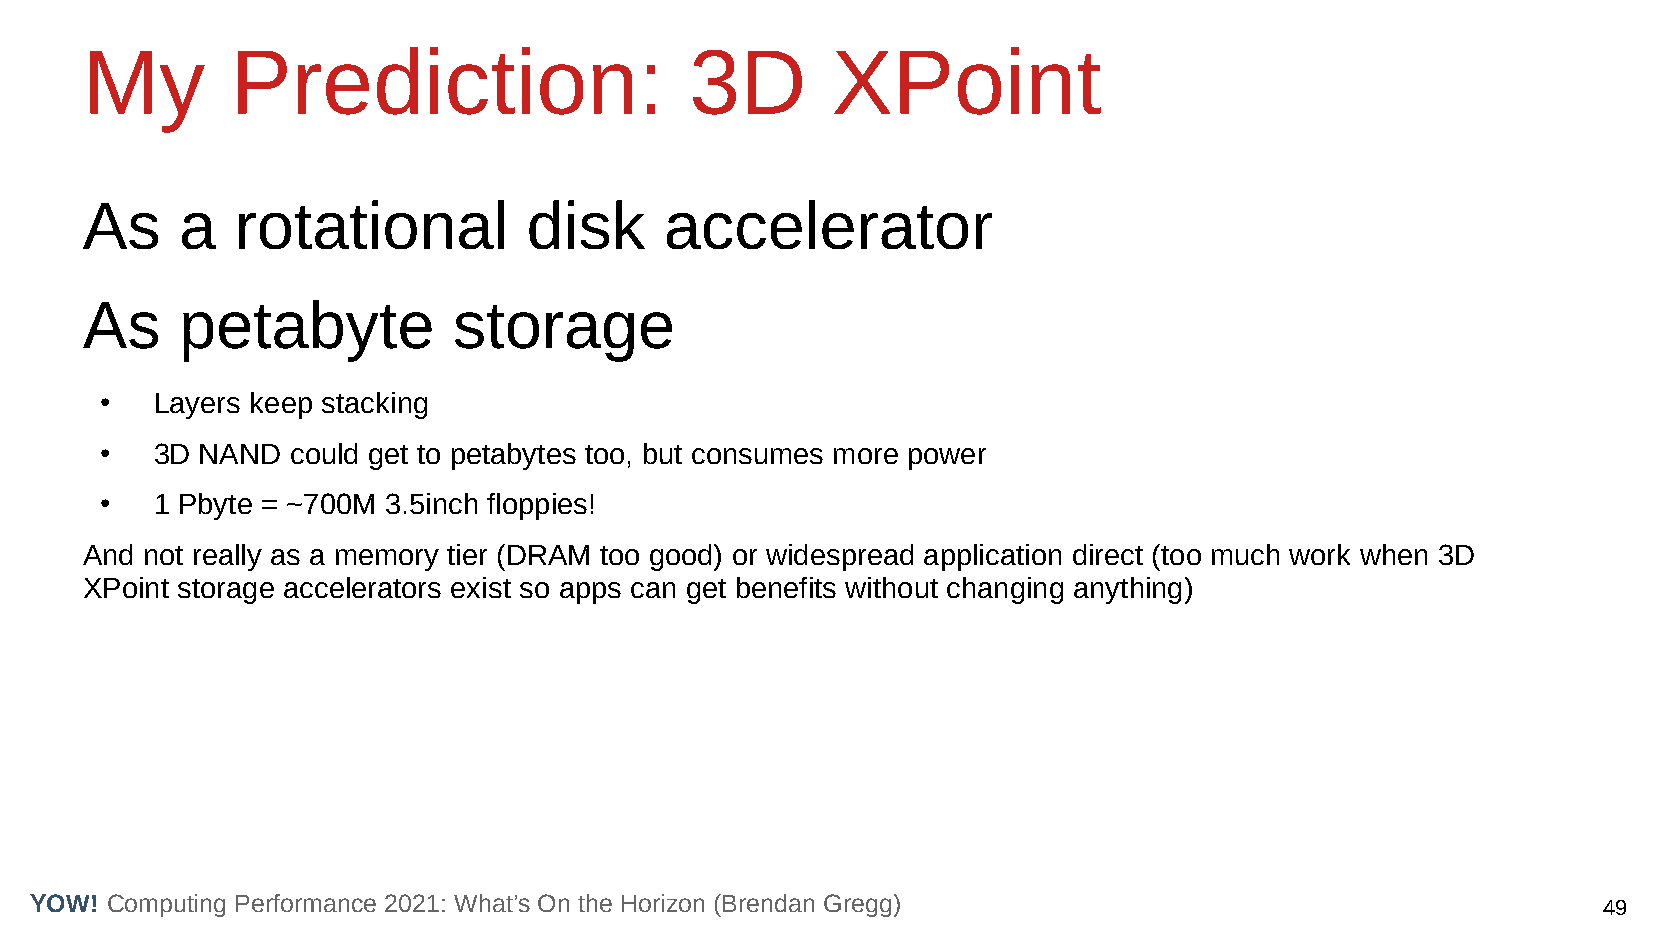
My        Prediction:                    3D       XPoint
 As     a   rotational         disk     accelerator
 As     petabyte          storage
 ●  Layers keep stacking
 ●  3D NAND  could get to petabytes too, but consumes more power
 ●  1 Pbyte = ~700M 3.5inch floppies!
 And not really as a memory tier (DRAM too good) or widespread application direct (too much work when 3D
 XPoint storage accelerators exist so apps can get benefits without changing anything)
 YOW! Computing Performance 2021: What’s On the Horizon (Brendan Gregg)                                  49